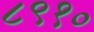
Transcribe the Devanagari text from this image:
८९१०